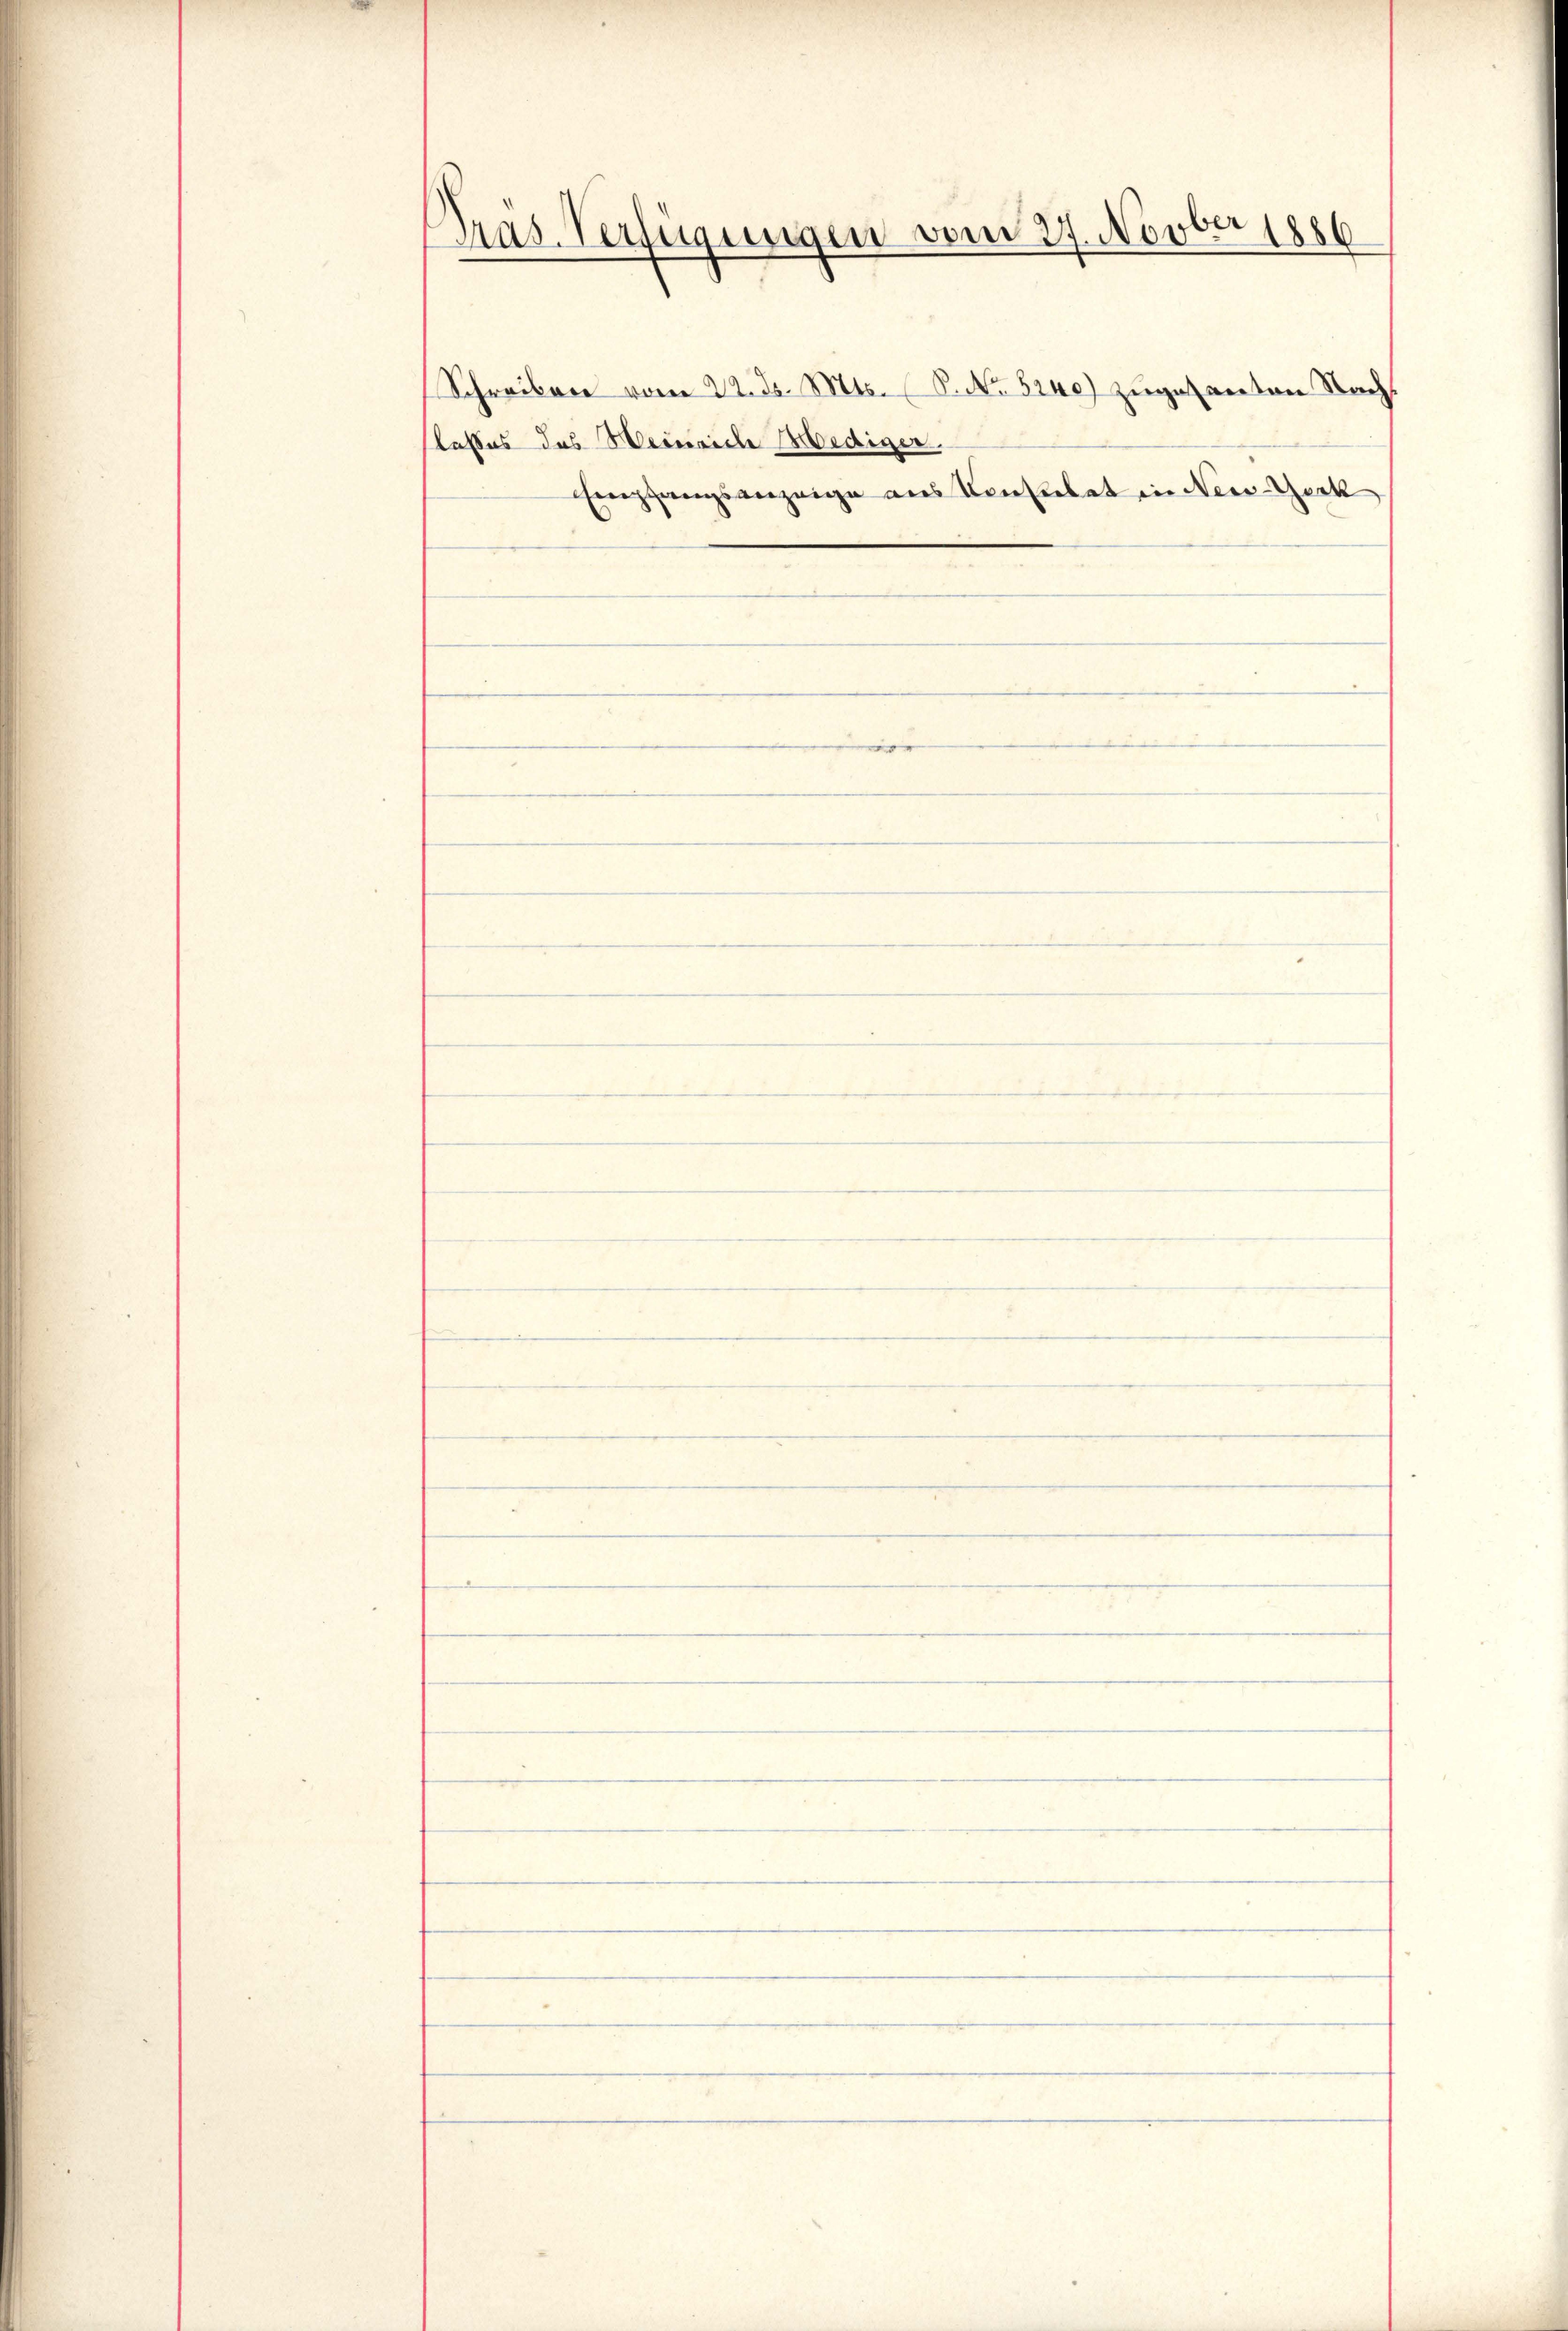
Präs. Verfügungen vom 27. Novber 1886

Schreiben vom 22. d. Mts. S. No 5240) zugesanten Nachkasses das Weinriche Mediger
Empfangsanzeige aus Konsulat in New-York